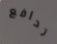
تدافع